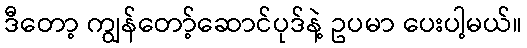
ဒီတော့ ကျွန်တော့်ဆောင်ပုဒ်နဲ့ ဥပမာ ပေးပါ့မယ်။